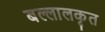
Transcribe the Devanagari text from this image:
बल्लालकृत